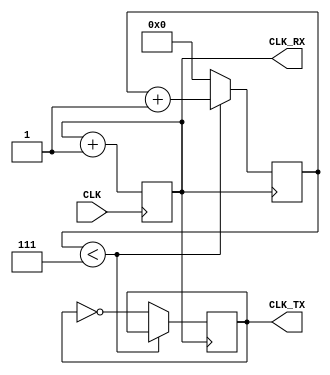
`timescale 1ns / 1ps

   //////////////////////////////////////////////////////////////////////////////////
//
// Wirtualny komponent syntezera DDFS dla portu szeregowego
//
// (C) 2009 Zbigniew Hajduk
// http://zh.prz-rzeszow.pl
//
// Ten kod rdowy moe podlega wolnej redystrybucji i/lub modyfikacjom 
// na oglnych zasadach okrelonych licencj GNU General Public License.
//
// Autor wyraa nadziej, e kod wirtualnego komponentu bdzie uyteczny
// jednak nie udziela ADNEJ GWARANCJI dotyczcej jego sprawnoci
// oraz przydatnoci dla partykularnych zastosowa.
//
////////////////////////////////////////////////////////////////////////////////// 


//////////////////////////////////////////////////////////////////////////////////
// Company: 
// Engineer: 
// 
// Design Name: 
// Module Name:    UART_CLOCK 
// Project Name: 
// Target Devices: 
// Tool versions: 
// Description: 
//
// Dependencies: 
//
// Revision: 
// Revision 0.01 - File Created
// Additional Comments: 
//
//////////////////////////////////////////////////////////////////////////////////
module UART_CLOCK #(parameter K=1, N=1)
	(
   input CLK,
   output CLK_RX,
   output CLK_TX
   );


reg [N-1:0] acc = 1'd0;
reg [3:0] cnt = 0;
reg clk_1_16 = 0;

always @(posedge CLK) acc<=acc+K; //(1)
assign CLK_RX=acc[N-1];

always @(posedge CLK_RX) //(2)
 if(cnt<4'd7) cnt<=cnt+1;
 else
 begin cnt<=0; clk_1_16<=~clk_1_16; end
 
assign CLK_TX=clk_1_16;

endmodule